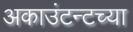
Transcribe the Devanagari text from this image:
अकाउंटन्टच्या